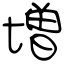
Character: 増